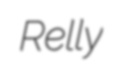
Relly